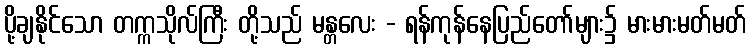
ပို့ချနိုင်သော တက္ကသိုလ်ကြီး တို့သည် မန္တလေး - ရန်ကုန်နေပြည်တော်များ၌ မားမားမတ်မတ်